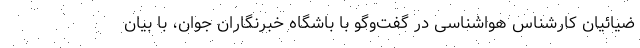
ضیائیان کارشناس هواشناسی در گفت‌وگو با باشگاه خبرنگاران جوان، با بیان